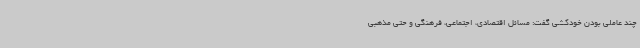
چند عاملی بودن خودکشی گفت: مسائل اقتصادی، اجتماعی، فرهنگی و حتی مذهبی